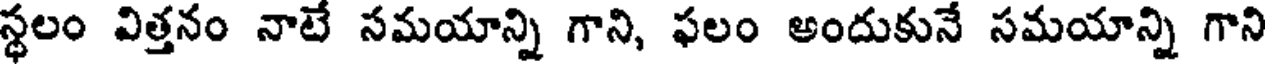
స్థలం విత్తనం నాటే సమయాన్ని గాని, ఫలం అందుకునే సమయాన్ని గాని